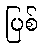
ပြစ်